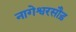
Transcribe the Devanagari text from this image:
नागेश्वरसौड़